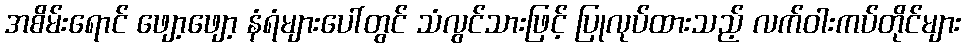
အစိမ်းရောင် ဖျော့ဖျော့ နံရံများပေါ်တွင် သံလွင်သားဖြင့် ပြုလုပ်ထားသည့် လက်ဝါးကပ်တိုင်များ